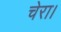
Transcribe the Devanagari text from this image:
चेरा।